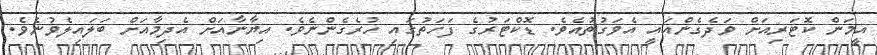
އީމަން ކޮޓަރިއަށް ވަދެގެންއައީ އެވަގުތުއެވެ. ޑޮކްޓަރުގެ ފަހަތުގައި ހުރެގެންނެވެ. އިޔާނާއަށް އެދިމާއަށް ބަލައިލެވުނެވެ.